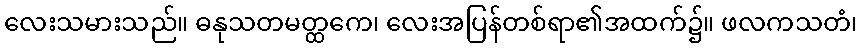
လေးသမားသည်။ ဓနုသတမတ္ထကေ၊ လေးအပြန်တစ်ရာ၏အထက်၌။ ဖလကသတံ၊